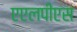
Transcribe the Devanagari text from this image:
एएलपीएस